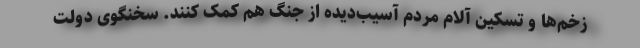
زخم‌ها و تسکین آلام مردم آسیب‌دیده از جنگ هم کمک کنند. سخنگوی دولت